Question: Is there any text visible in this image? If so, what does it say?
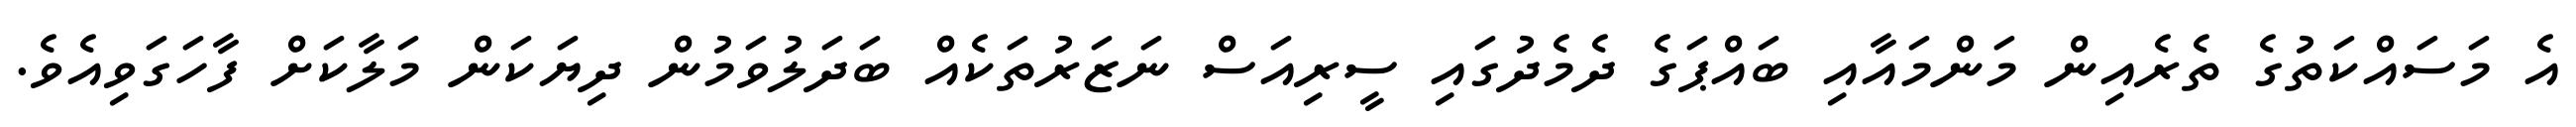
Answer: އެ މަސައްކަތުގެ ތެރެއިން މަންމައާއި ބައްޕަގެ ދެމެދުގައި ސީރިއަސް ނަޒަރުތަކެއް ބަދަލުވަމުން ދިޔަކަން މަލާކަށް ފާހަގަވިއެވެ.